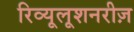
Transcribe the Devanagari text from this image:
रिव्यूलूशनरीज़